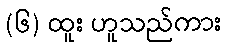
(၆) ထူး ဟူသည်ကား